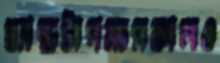
ব্যান্ডটাগম্যসকালও